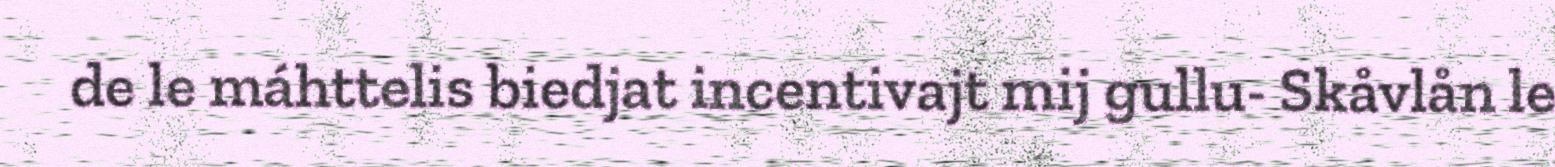
de le máhttelis biedjat incentivajt mij gullu- Skåvlån le